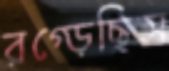
রগ্‌ড়েছিস